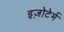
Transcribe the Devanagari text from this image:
इज़ोटेर्म